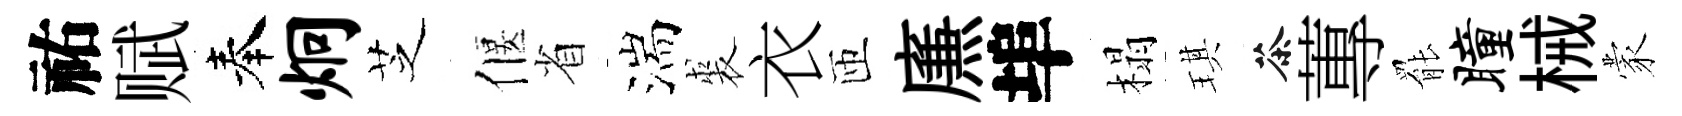
祐赋奉炯芝偃省湍裘衣匝㢘埠榻琪茶蓴罷瞳械蒙